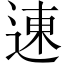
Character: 𬨮